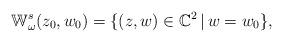
LaTeX: \begin{align*}\mathbb W^s_\omega(z_0,w_0)=\{(z,w)\in\mathbb C^2\,|\, w=w_0\},\end{align*}